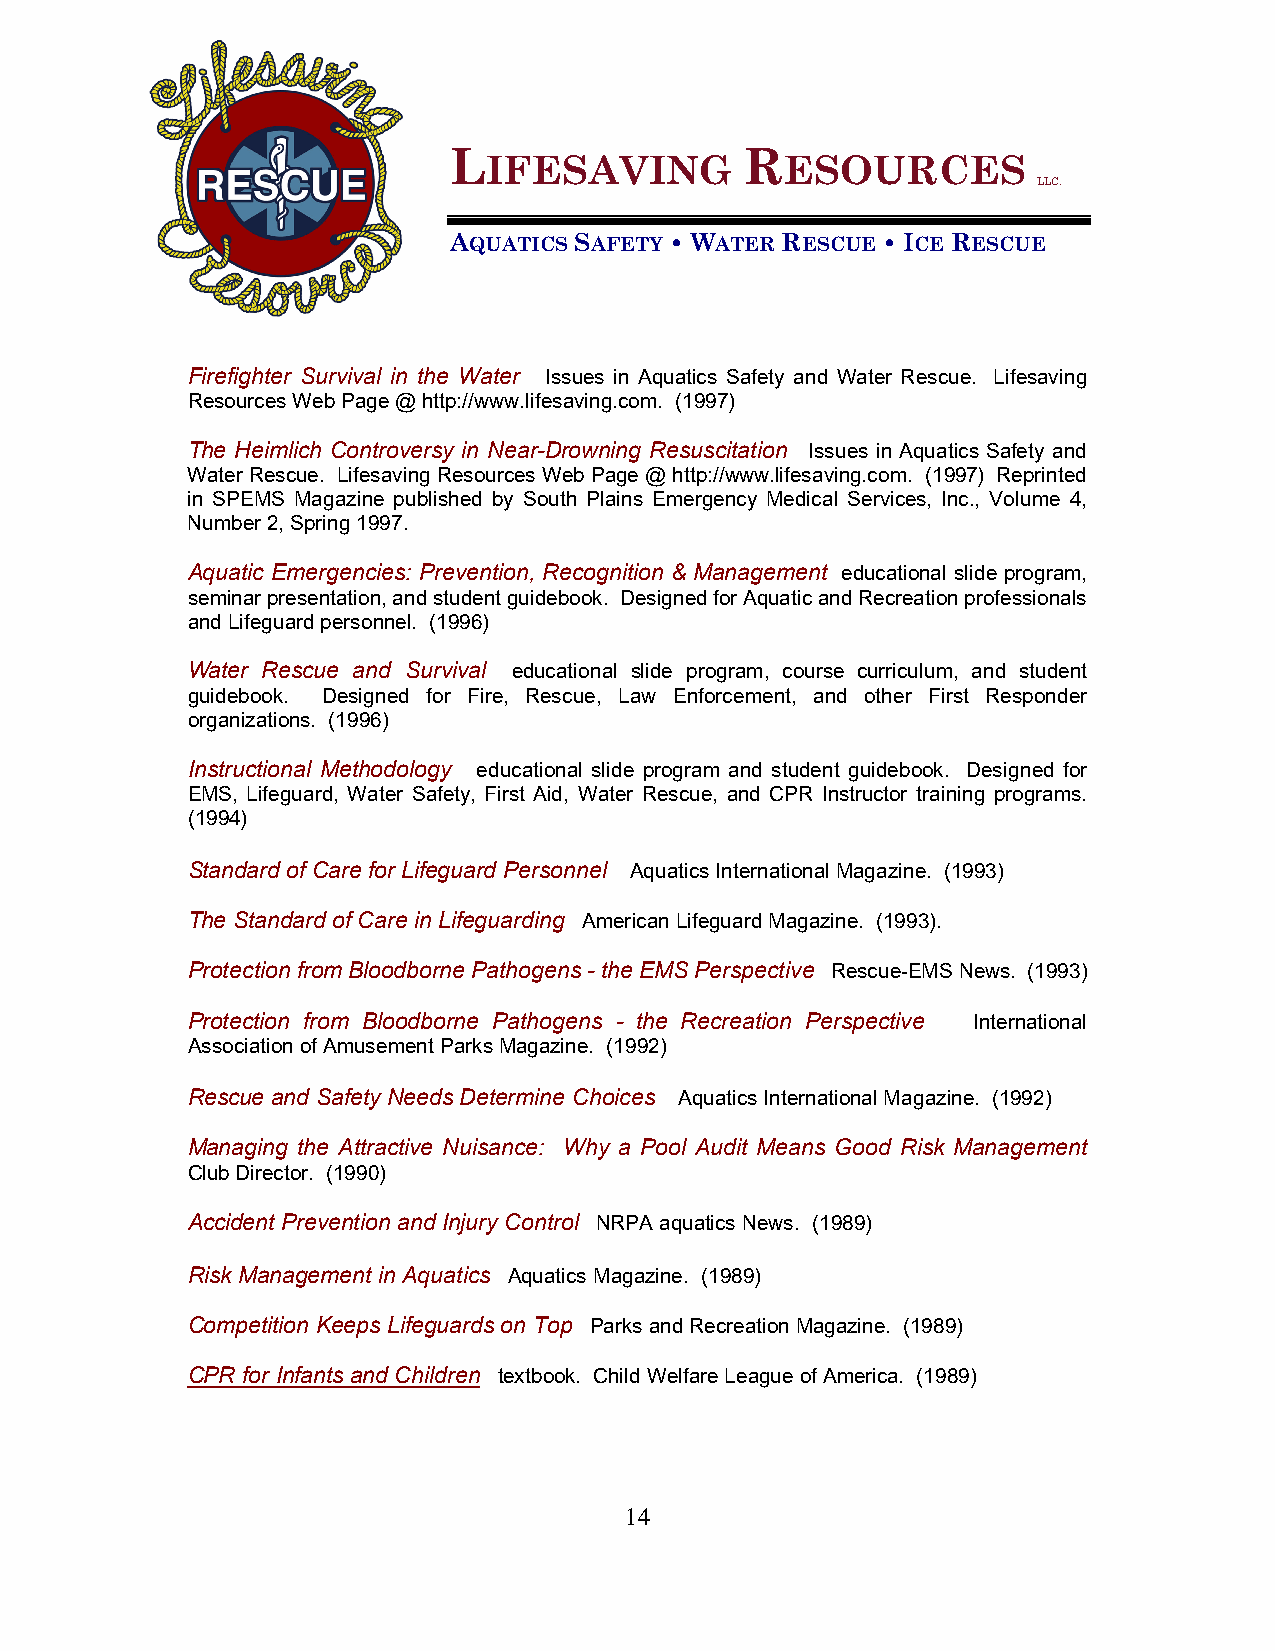
L                  R
 IFESAVING           ESOURCES
 LLC.
 AQUATICS SAFETY • WATER RESCUE • ICE RESCUE
 Firefighter Survival in the Water Issues in Aquatics Safety and Water Rescue. Lifesaving
 Resources Web Page @ http://www.lifesaving.com. (1997)
 The Heimlich Controversy in Near-Drowning Resuscitation Issues in Aquatics Safety and
 Water Rescue. Lifesaving Resources Web Page @ http://www.lifesaving.com. (1997) Reprinted
 in SPEMS Magazine published by South Plains Emergency Medical Services, Inc., Volume 4,
 Number 2, Spring 1997.
 Aquatic Emergencies: Prevention, Recognition & Management educational slide program,
 seminar presentation, and student guidebook. Designed for Aquatic and Recreation professionals
 and Lifeguard personnel. (1996)
 Water Rescue and Survival educational slide program, course curriculum, and student
 guidebook. Designed for Fire, Rescue, Law Enforcement, and other First Responder
 organizations. (1996)
 Instructional Methodology educational slide program and student guidebook. Designed for
 EMS, Lifeguard, Water Safety, First Aid, Water Rescue, and CPR Instructor training programs.
 (1994)
 Standard of Care for Lifeguard Personnel Aquatics International Magazine. (1993)
 The Standard of Care in Lifeguarding American Lifeguard Magazine. (1993).
 Protection from Bloodborne Pathogens - the EMS Perspective Rescue-EMS News. (1993)
 Protection from Bloodborne Pathogens - the Recreation Perspective International
 Association of Amusement Parks Magazine. (1992)
 Rescue and Safety Needs Determine Choices Aquatics International Magazine. (1992)
 Managing the Attractive Nuisance: Why a Pool Audit Means Good Risk Management
 Club Director. (1990)
 Accident Prevention and Injury Control NRPA aquatics News. (1989)
 Risk Management in Aquatics Aquatics Magazine. (1989)
 Competition Keeps Lifeguards on Top Parks and Recreation Magazine. (1989)
 CPR for Infants and Children textbook. Child Welfare League of America. (1989)
 14